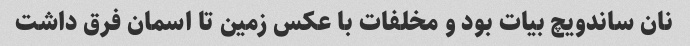
نان ساندویچ بیات بود و مخلفات با عکس زمین تا اسمان فرق داشت